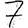
Digit: 7